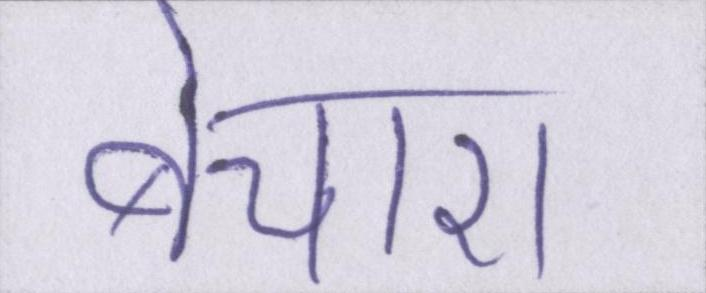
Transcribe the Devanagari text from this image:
बेचारा